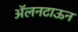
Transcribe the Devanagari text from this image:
ॲलनटाऊन